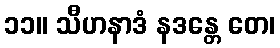
၁၁။ သီဟနာဒံ နဒန္တေ တေ၊